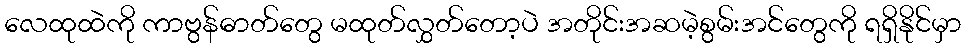
လေထုထဲကို ကာဗွန်ဓာတ်တွေ မထုတ်လွှတ်တော့ပဲ အတိုင်းအဆမဲ့စွမ်းအင်တွေကို ရရှိနိုင်မှာ